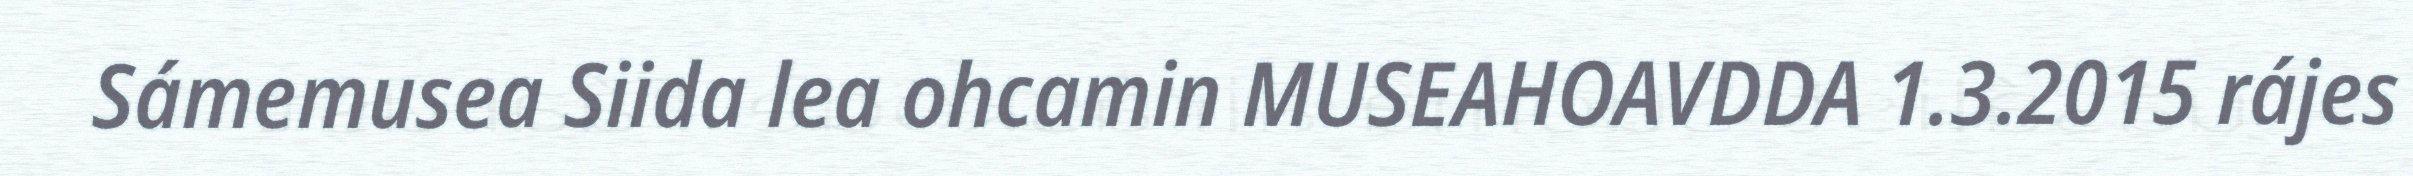
Sámemusea Siida lea ohcamin MUSEAHOAVDDA 1.3.2015 rájes